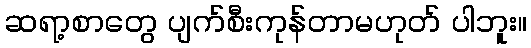
ဆရာ့စာတွေ ပျက်စီးကုန်တာမဟုတ် ပါဘူး။